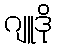
ဂျူဒို